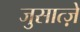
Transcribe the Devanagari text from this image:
जुसात्ज़े